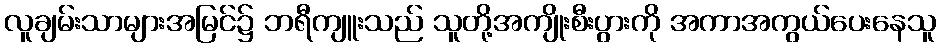
လူချမ်းသာများအမြင်၌ ဘရီကျူးသည် သူတို့အကျိုးစီးပွားကို အကာအကွယ်ပေးနေသူ